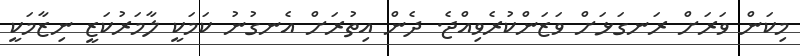
މިކަން ވަރަށް ރަނގަޅަށް ވަޒަންކުރެވިއްޖެ. ދެން އިތުރަށް އެނގުނު ކަމަކީ ލާމަރުކަޒީ ނިޒާމަކީ